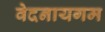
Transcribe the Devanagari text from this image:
वेदनायगम